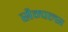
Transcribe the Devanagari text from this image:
सैम्पल्स